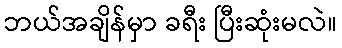
ဘယ်အချိန်မှာ ခရီး ပြီးဆုံးမလဲ။